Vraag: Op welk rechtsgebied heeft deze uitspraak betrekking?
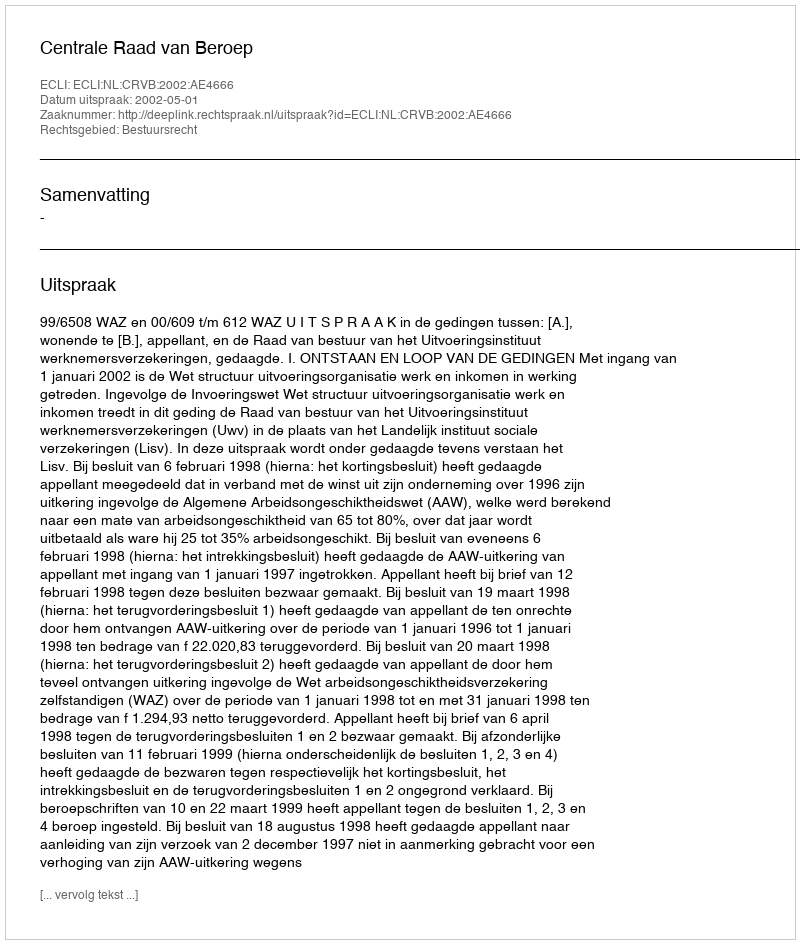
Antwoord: Bestuursrecht